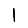
Digit: 1